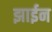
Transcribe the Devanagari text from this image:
झाईन